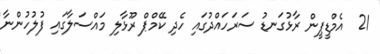
21  އެމްޑީޕީން ރާޅުގަނޑު ސަރަހައްދުގައި ހެދި ކޭމްޕް ރޫޅާލި މައްސަލާގައި ފުލުހުންނާ